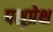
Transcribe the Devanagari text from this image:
पशुप्रेक्ष